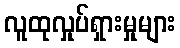
လူထုလှုပ်ရှားမှုများ